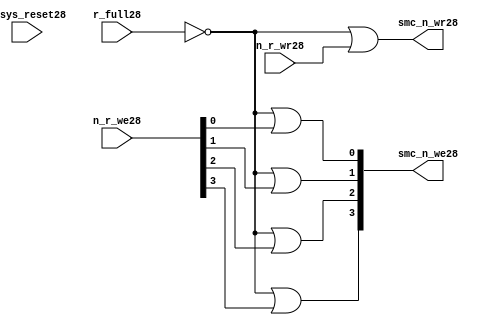
//File28 name   : smc_wr_enable_lite28.v
//Title28       : 
//Created28     : 1999
//Description28 : 
//Notes28       : 
//----------------------------------------------------------------------
//   Copyright28 1999-2010 Cadence28 Design28 Systems28, Inc28.
//   All Rights28 Reserved28 Worldwide28
//
//   Licensed28 under the Apache28 License28, Version28 2.0 (the
//   "License28"); you may not use this file except28 in
//   compliance28 with the License28.  You may obtain28 a copy of
//   the License28 at
//
//       http28://www28.apache28.org28/licenses28/LICENSE28-2.0
//
//   Unless28 required28 by applicable28 law28 or agreed28 to in
//   writing, software28 distributed28 under the License28 is
//   distributed28 on an "AS28 IS28" BASIS28, WITHOUT28 WARRANTIES28 OR28
//   CONDITIONS28 OF28 ANY28 KIND28, either28 express28 or implied28.  See
//   the License28 for the specific28 language28 governing28
//   permissions28 and limitations28 under the License28.
//----------------------------------------------------------------------


  module smc_wr_enable_lite28 (

                      //inputs28                      

                      n_sys_reset28,
                      r_full28,
                      n_r_we28,
                      n_r_wr28,

                      //outputs28

                      smc_n_we28,
                      smc_n_wr28);

//I28/O28
   
   input             n_sys_reset28;   //system reset
   input             r_full28;    // Full cycle write strobe28
   input [3:0]       n_r_we28;    //write enable from smc_strobe28
   input             n_r_wr28;    //write strobe28 from smc_strobe28
   output [3:0]      smc_n_we28;  // write enable (active low28)
   output            smc_n_wr28;  // write strobe28 (active low28)
   
   
//output reg declaration28.
   
   reg [3:0]          smc_n_we28;
   reg                smc_n_wr28;

//----------------------------------------------------------------------
// negedge strobes28 with clock28.
//----------------------------------------------------------------------
      

//----------------------------------------------------------------------
      
//--------------------------------------------------------------------
// Gate28 Write strobes28 with clock28.
//--------------------------------------------------------------------

  always @(r_full28 or n_r_we28)
  
  begin
  
     smc_n_we28[0] = ((~r_full28  ) | n_r_we28[0] );

     smc_n_we28[1] = ((~r_full28  ) | n_r_we28[1] );

     smc_n_we28[2] = ((~r_full28  ) | n_r_we28[2] );

     smc_n_we28[3] = ((~r_full28  ) | n_r_we28[3] );

  
  end

//--------------------------------------------------------------------   
//write strobe28 generation28
//--------------------------------------------------------------------   

  always @(n_r_wr28 or r_full28 )
  
     begin
  
        smc_n_wr28 = ((~r_full28 ) | n_r_wr28 );
       
     end

endmodule // smc_wr_enable28